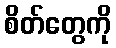
စိတ်တွေကို